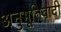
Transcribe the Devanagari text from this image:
अनुभूतिवादी